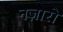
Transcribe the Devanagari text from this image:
नज़ारो